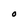
Character: O